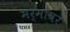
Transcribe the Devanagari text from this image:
मर्मांवर